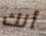
أنك